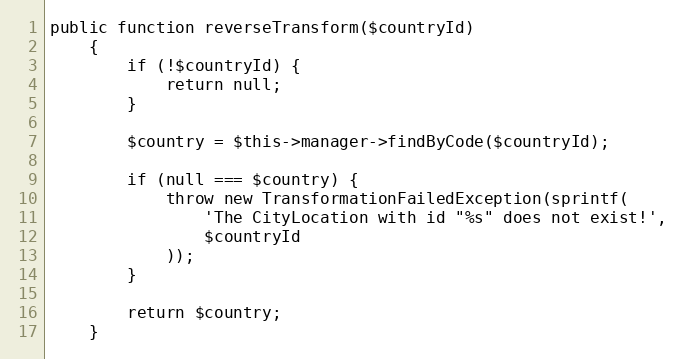
Language: PHP
public function reverseTransform($countryId)
    {
        if (!$countryId) {
            return null;
        }

        $country = $this->manager->findByCode($countryId);

        if (null === $country) {
            throw new TransformationFailedException(sprintf(
                'The CityLocation with id "%s" does not exist!',
                $countryId
            ));
        }

        return $country;
    }